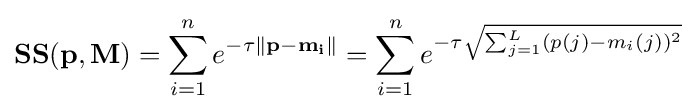
\mathbf {SS(p,M)} =\sum _{i=1}^{n}e^{-\tau \left\Vert \mathbf {p-m_{i}} \right\|}=\sum _{i=1}^{n}e^{-\tau {\sqrt {\sum _{j=1}^{L}(p(j)-m_{i}(j))^{2}}}}